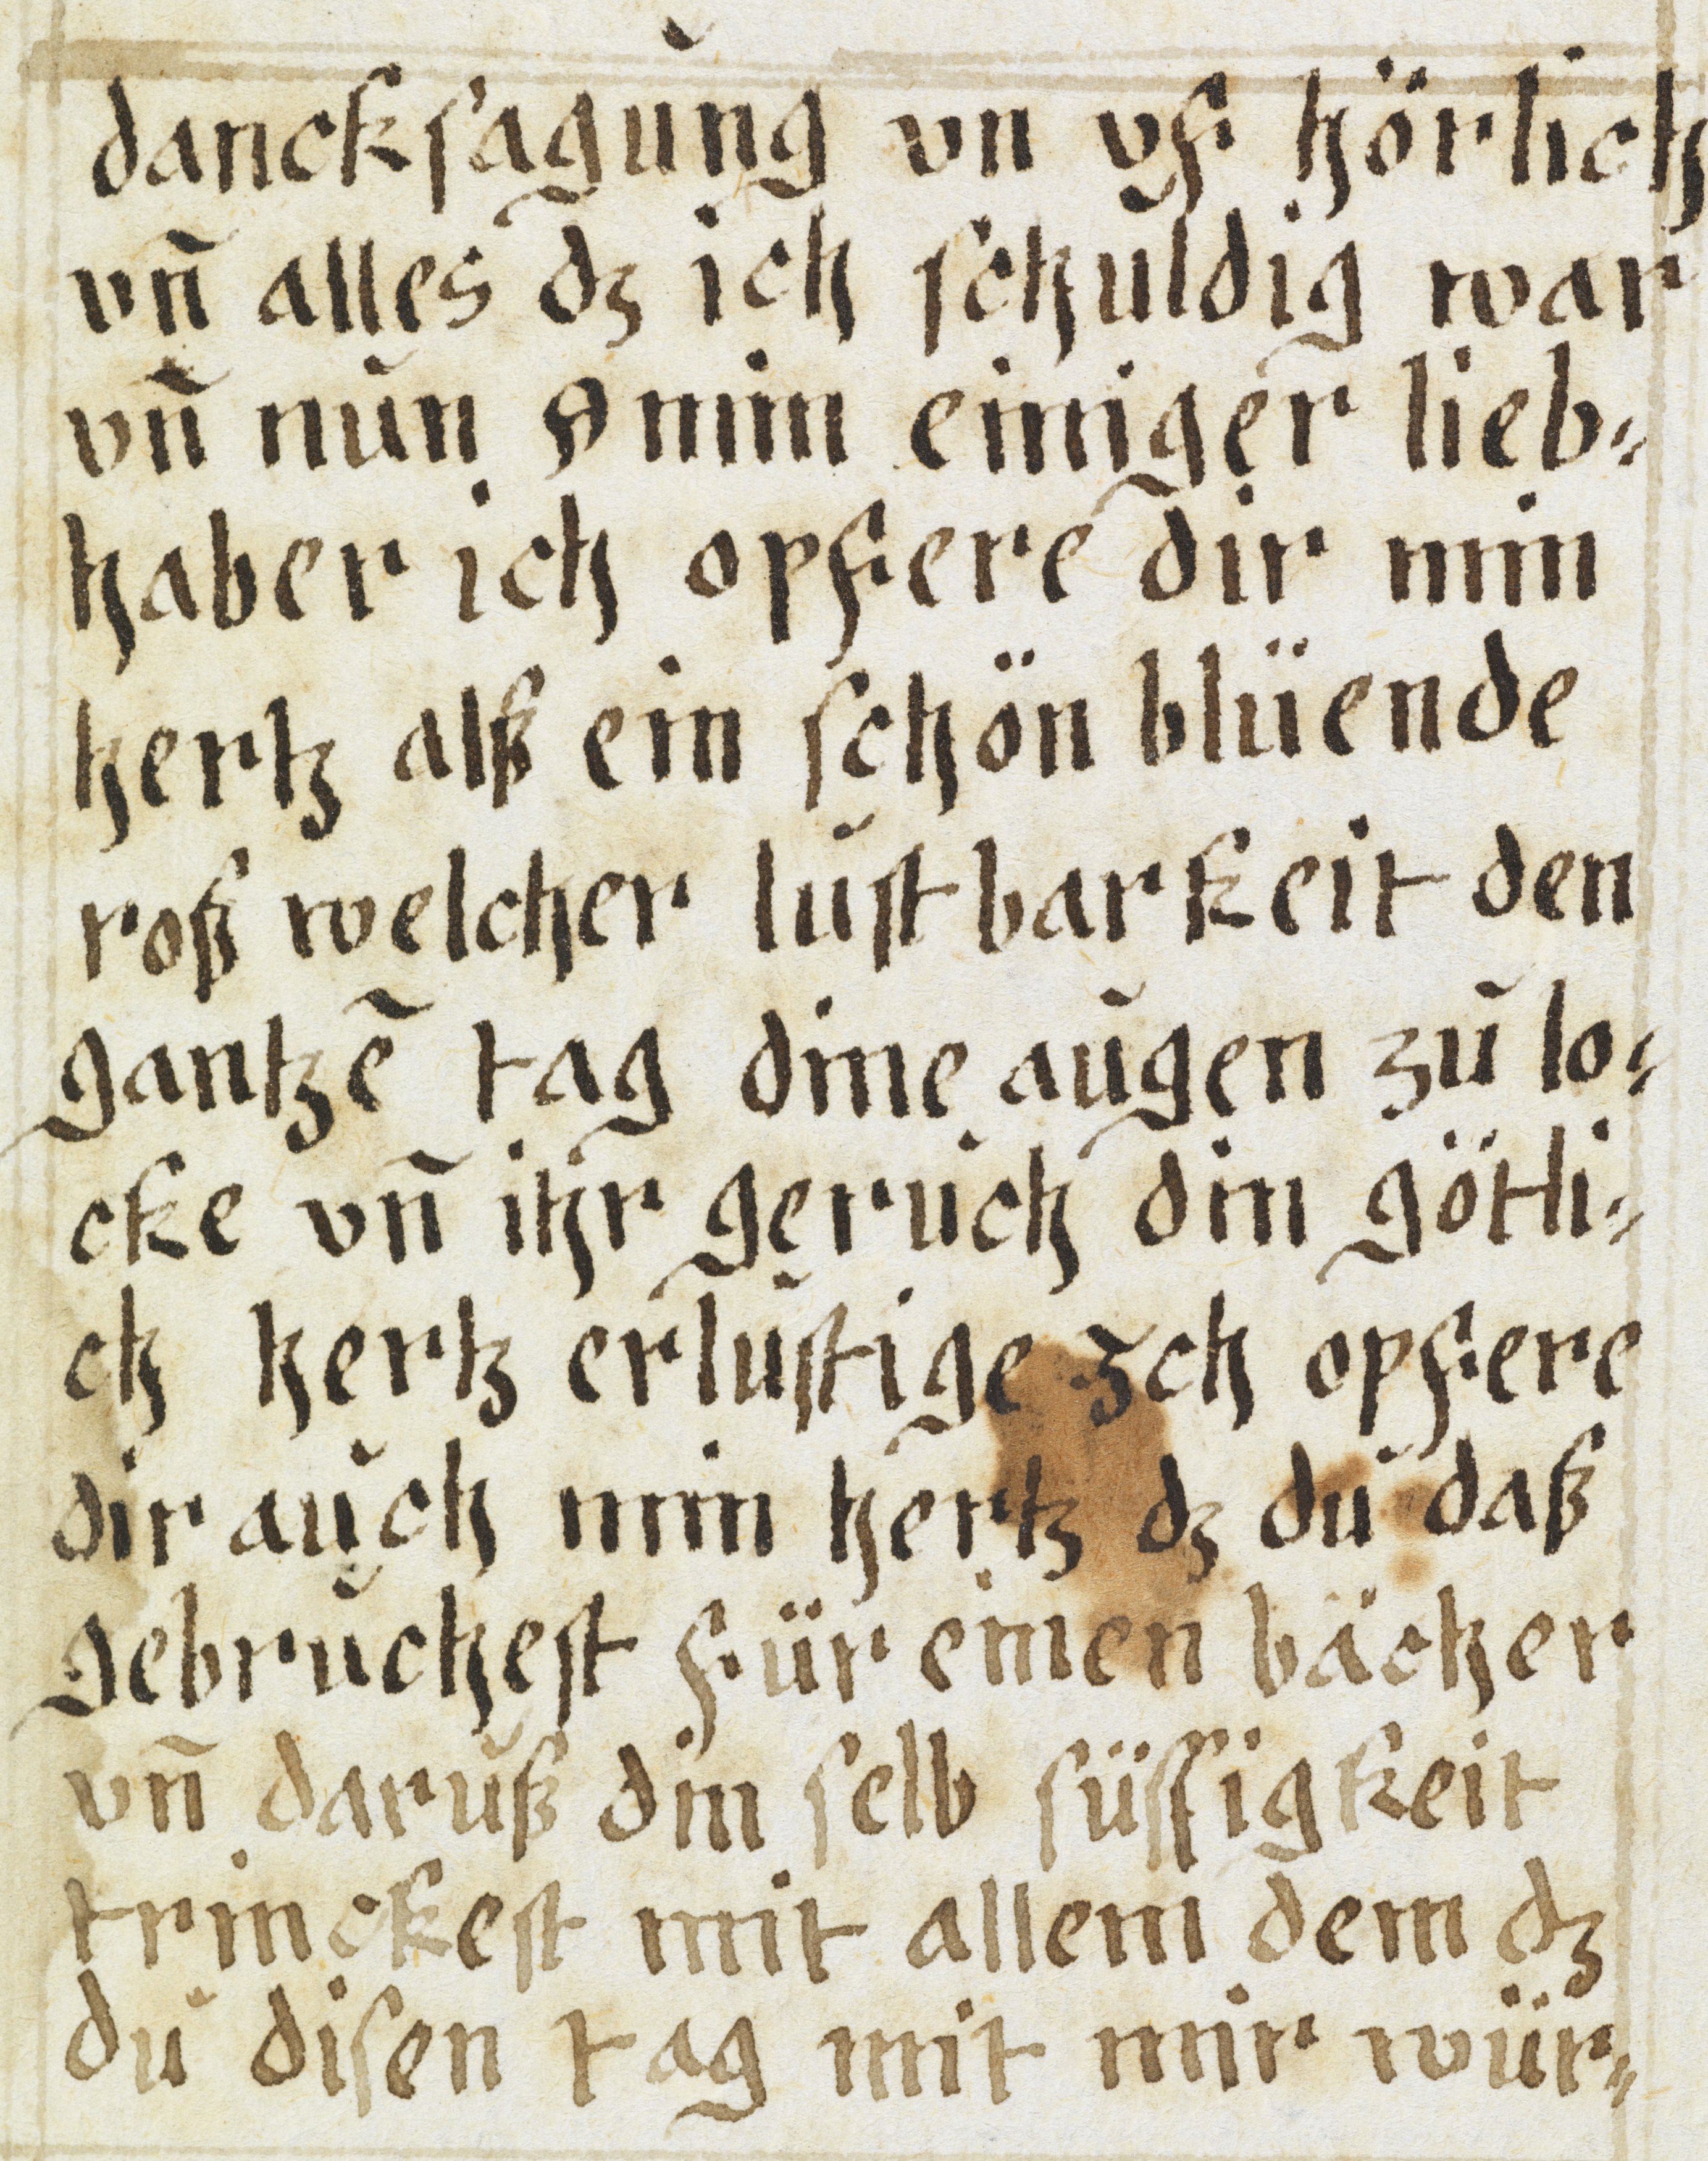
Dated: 1605–1635